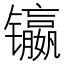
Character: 𲈠